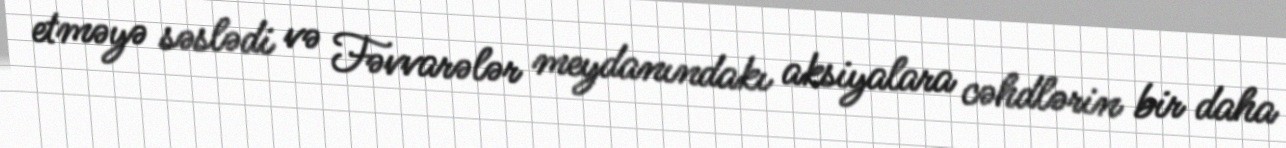
etməyə səslədi və Fəvvarələr meydanındakı aksiyalara cəhdlərin bir daha